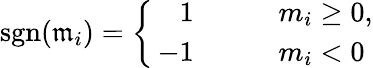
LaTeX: \operatorname{sgn}(\mathfrak{m}_{i})=\left\{ \begin{array}{rlrl}{\, 1}&{{}}&{}&{{}m_{i}\ge 0,}\\ {\, -1}&{{}}&{}&{{}m_{i}<0}\end{array}\right.